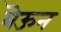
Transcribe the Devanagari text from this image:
यॆऊन